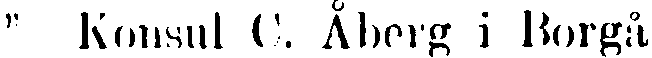
" Konsul C. Åberg i Borgå